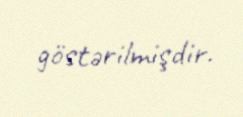
göstərilmişdir.